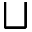
\sqcup